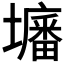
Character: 𡒷